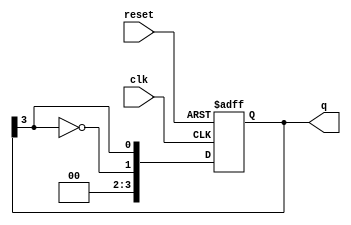
module johnson_counter #(parameter N = 4) (
    input wire clk,        // Clock signal
    input wire reset,      // Asynchronous reset
    output reg [N-1:0] q   // Counter output
);

    // Sequential logic for the Johnson counter
    always @(posedge clk or posedge reset) begin
        if (reset) begin
            q <= 0; // Initialize all flip-flops to 0 on reset
        end else begin
            // Shift the outputs and feedback the inverted last output
            q <= {~q[N-1], q[N-1:N-1]}; // Shift and feedback
        end
    end

endmodule